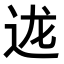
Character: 𮞇